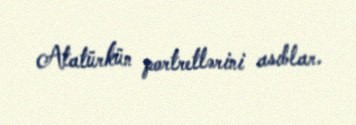
Atatürkün portretlərini asıblar.